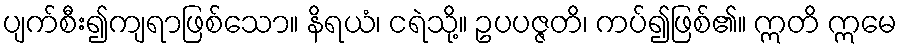
ပျက်စီး၍ကျရာဖြစ်သော။ နိရယံ၊ ငရဲသို့။ ဥပပဇ္ဇတိ၊ ကပ်၍ဖြစ်၏။ ဣတိ ဣမေ